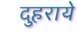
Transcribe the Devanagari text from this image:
दुहराये